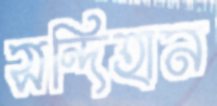
সন্দিহান